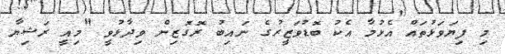
މި ފިޔަވަޅުތައް އެޅުމާ އެކު ބޮޑުވަޒީރުގެ ނައިބު ރޮގޮޒިން ވިދާޅުވީ "މިއީ ރަޝިޔާ